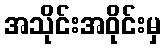
အသိုင်းအဝိုင်းမှ